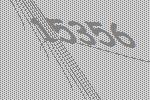
15356